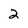
Character: 2